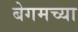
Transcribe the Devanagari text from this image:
बेगमच्या